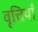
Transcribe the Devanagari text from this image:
वृत्तियॉँ